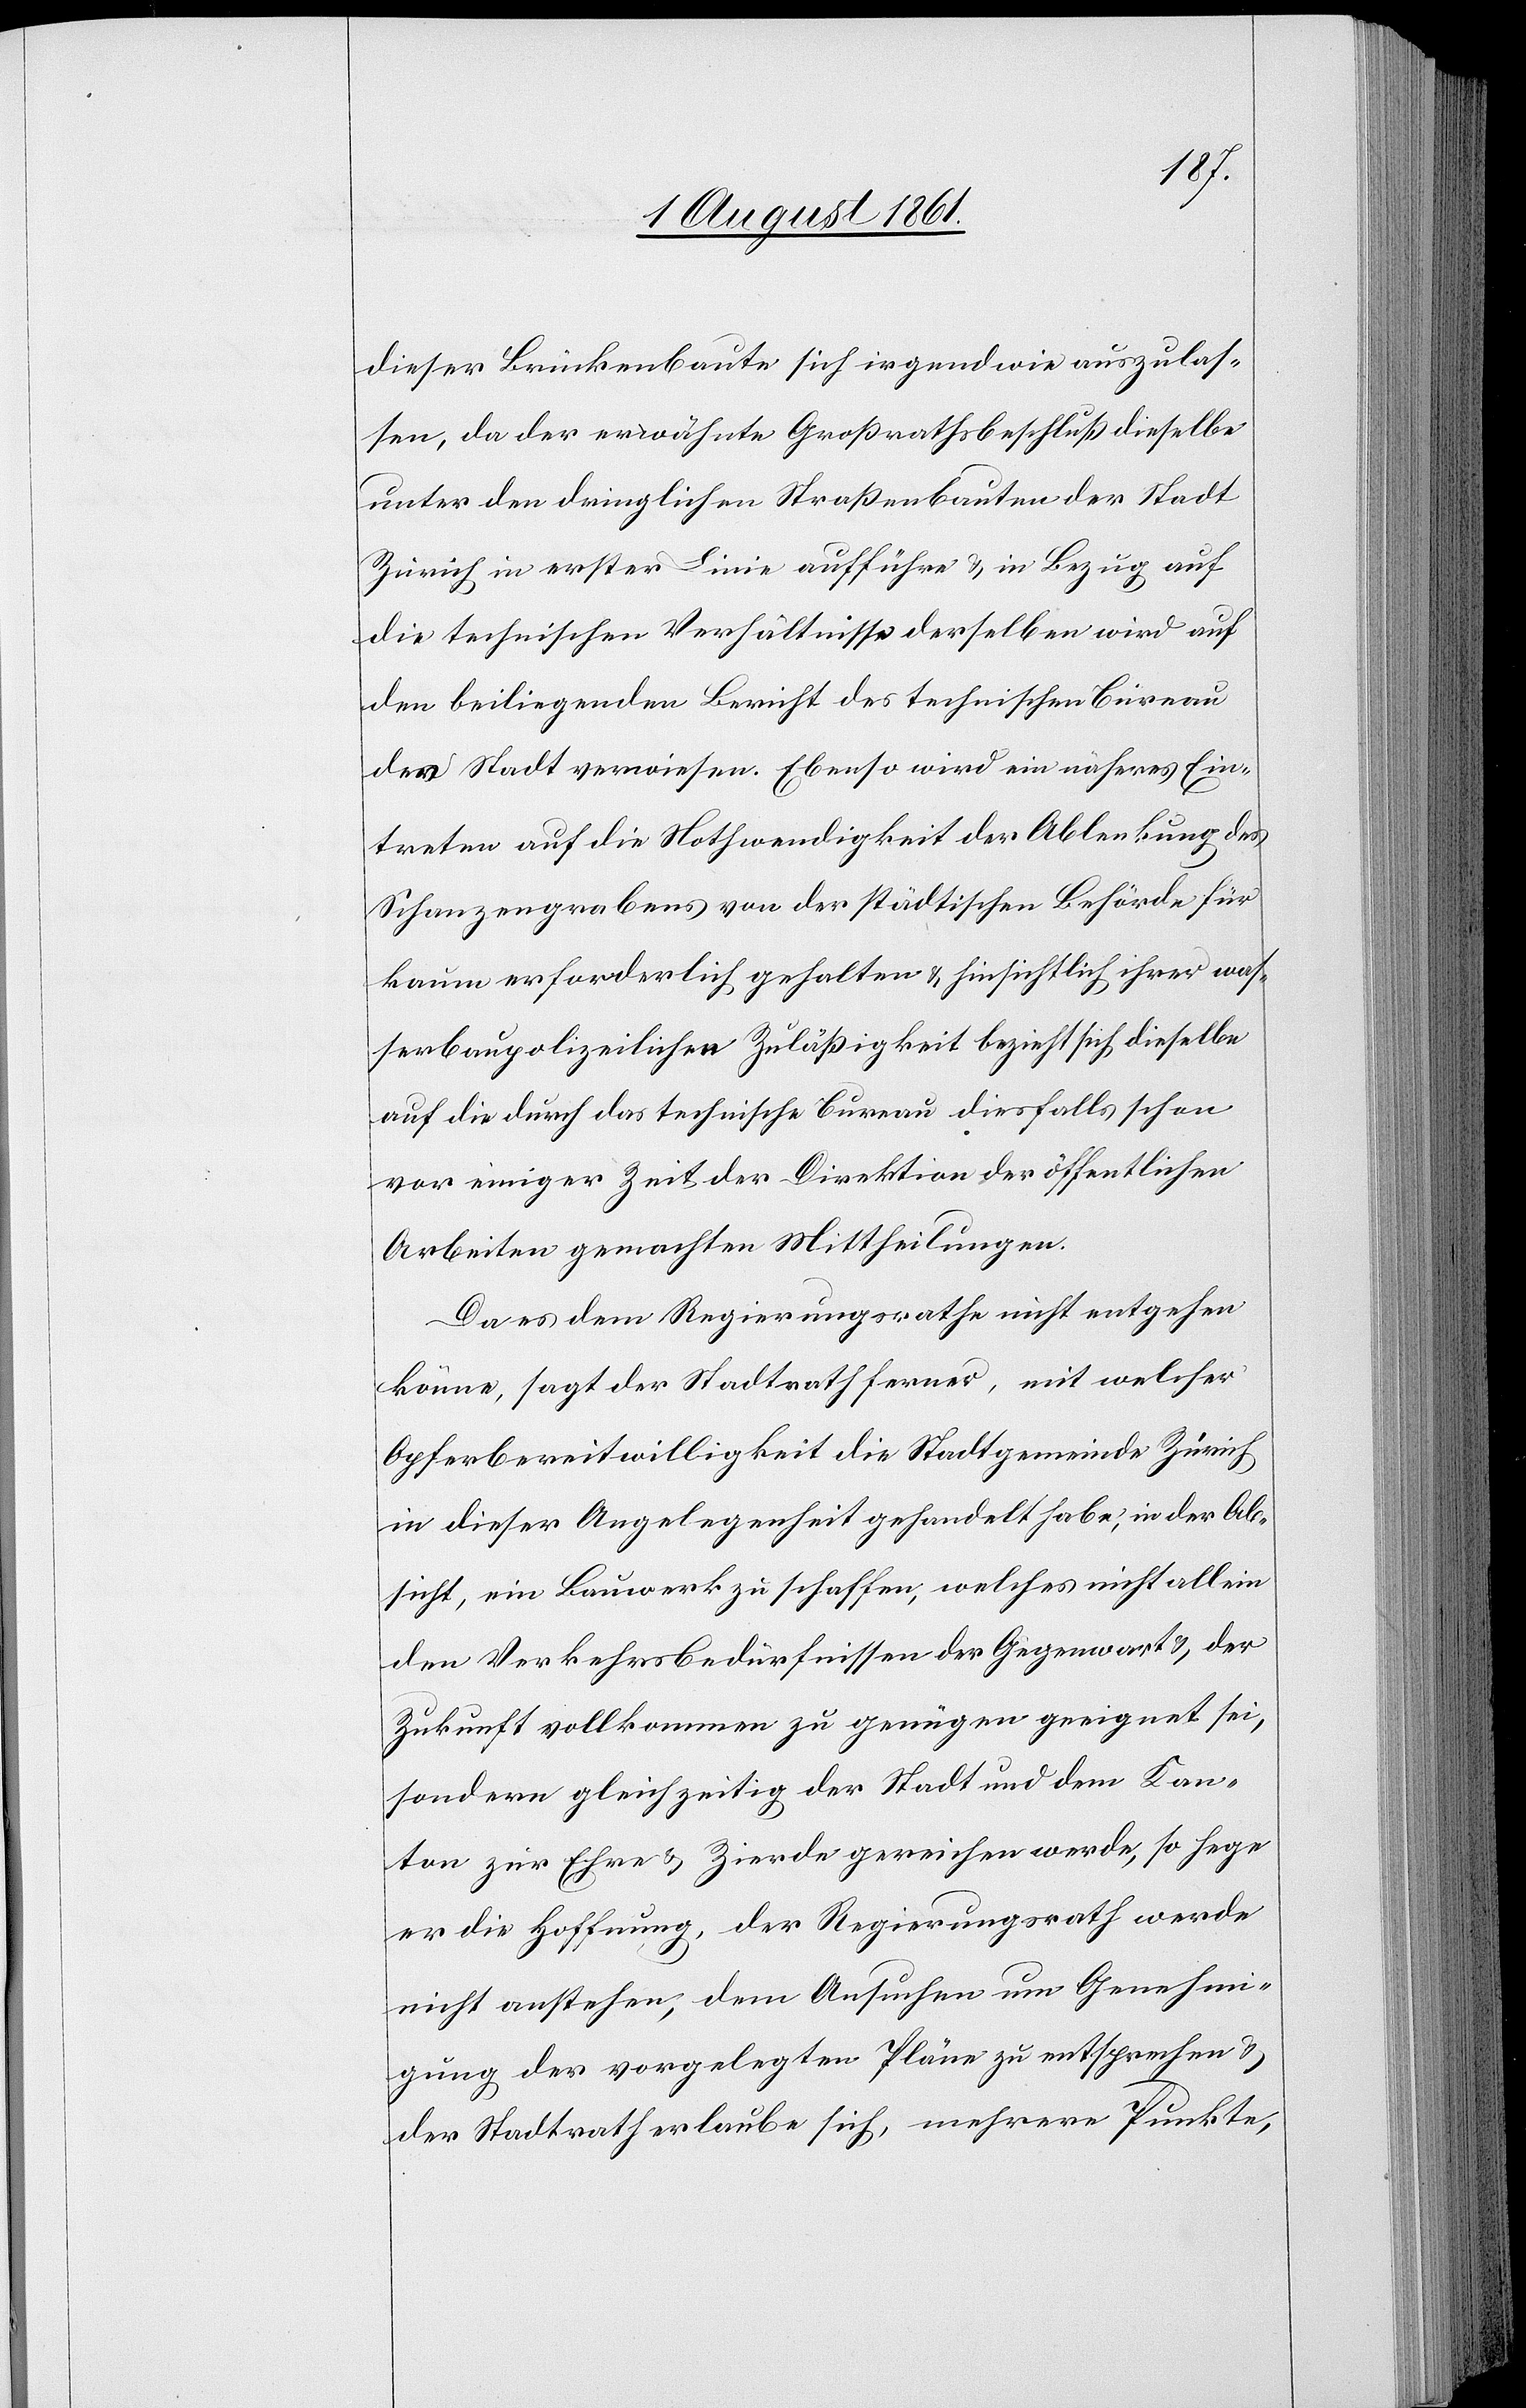
dieser Brückenbaute sich irgendwie auszulas¬
sen, da der erwähnte Großrathsbeschluß dieselbe
unter den dringlichen Straßenbauten der Stadt
Zürich in erster Linie aufführe u. in Bezug auf
die technischen Verhältnisse derselben wird auf
den beiliegenden Bericht des technischen Bureau
der Stadt verwiesen. Ebenso wird ein näheres Ein¬
treten auf diese Nothwendigkeit der Ablenkung des
Schanzengrabens von der städtischen Behörde für
kaum erforderlich gehalten u. hinsichtlich ihrer was¬
serbaupolizeilichen Zuläßigkeit bezieht sich dieselbe
auf die durch das technische Bureau diesfalls schon
vor einiger Zeit der Direktion der öffentlichen
Arbeiten gemachten Mittheilungen.
Da es dem Regierungsrathe nicht entgehen
könne, sagt der Stadtrath ferner, mit welcher
Opferbereitwilligkeit die Stadtgemeinde Zürich
in dieser Angelegenheit gehandelt habe, in der Ab¬
sicht, ein Bauwerk zu schaffen, welches nicht allein
den Verkehrsbedürfnissen der Gegenwart u. der
Zukunft vollkommen zu genügen geeignet sei,
sondern gleichzeitig der Stadt und dem Kan¬
ton zur Ehre u. Zierde gereichen werde, so hege
er die Hoffnung, der Regierungsrath werde
nicht anstehen, dem Ansuchen um Genehmi¬
gung der vorgelegten Pläne zu entsprechen u.
der Stadtrath erlaube sich, mehrere Punkte,